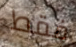
فقط